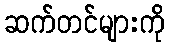
ဆက်တင်များကို